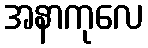
အနာကုလေ